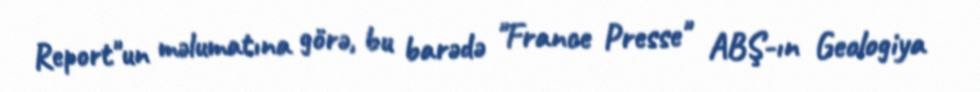
Report"un məlumatına görə, bu barədə "France Presse" ABŞ-ın Geologiya